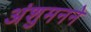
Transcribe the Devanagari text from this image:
अंशुमनने